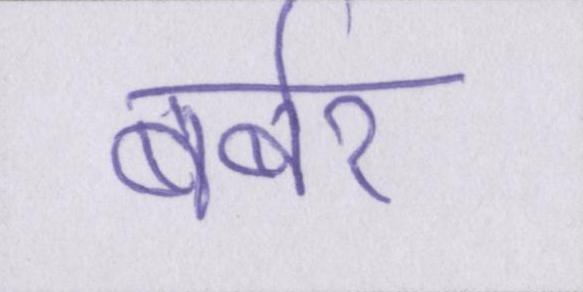
बर्बर